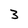
Character: 3